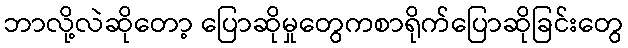
ဘာလို့လဲဆိုတော့ ပြောဆိုမှုတွေကစာရိုက်ပြောဆိုခြင်းတွေ